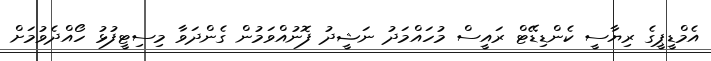
އެމްޑީޕީގެ ރިޔާސީ ކެންޑިޑޭޓް ރައީސް މުހައްމަދު ނަޝީދު ފޮނުއްވަމުން ގެންދަވާ މިސިޓީފުޅު ހޯއްދެވުމަށް